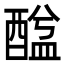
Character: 䤈